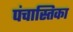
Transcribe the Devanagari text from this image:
पंचास्तिका